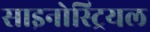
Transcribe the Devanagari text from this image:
साइनोस्ट्रियल